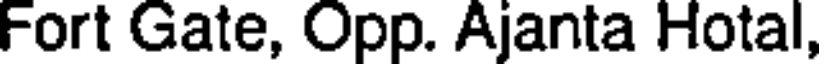
Fort Gate, Opp. Ajanta Hotal,